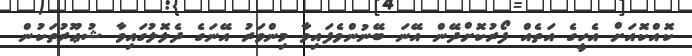
ކޮއްކޮއަށް އެހީގެ އަތެއް ފޯރުކޮށްދޭން އޭނަ ބޭނުންވެފައިވާ މިންވަރު އޭނަގެ ދެލޮލުގައިވާ ޝުޢޫރުތަކުން